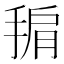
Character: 𭡙